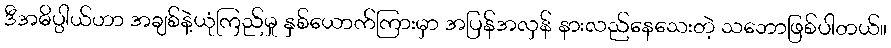
ဒီအဓိပ္ပါယ်ဟာ အချစ်နဲ့ယုံကြည်မှု နှစ်ယောက်ကြားမှာ အပြန်အလှန် နားလည်နေသေးတဲ့ သဘောဖြစ်ပါတယ်။